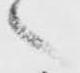
々